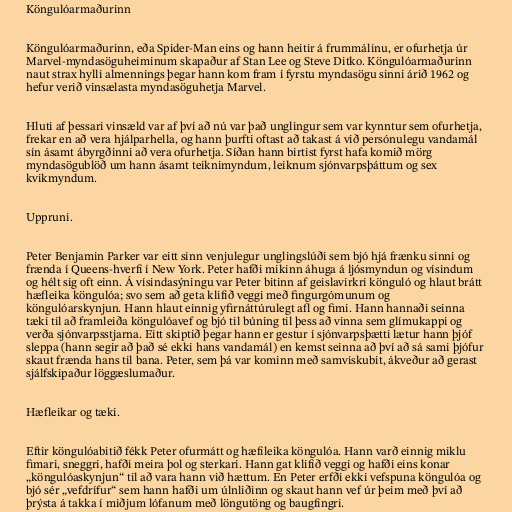
Köngulóarmaðurinn

Köngulóarmaðurinn, eða Spider-Man eins og hann heitir á frummálinu, er ofurhetja úr
Marvel-myndasöguheiminum skapaður af Stan Lee og Steve Ditko. Köngulóarmaðurinn
naut strax hylli almennings þegar hann kom fram í fyrstu myndasögu sinni árið 1962 og
hefur verið vinsælasta myndasöguhetja Marvel.

Hluti af þessari vinsæld var af því að nú var það unglingur sem var kynntur sem ofurhetja,
frekar en að vera hjálparhella, og hann þurfti oftast að takast á við persónulegu vandamál
sín ásamt ábyrgðinni að vera ofurhetja. Síðan hann birtist fyrst hafa komið mörg
myndasögublöð um hann ásamt teiknimyndum, leiknum sjónvarpsþáttum og sex
kvikmyndum.

Uppruni.

Peter Benjamin Parker var eitt sinn venjulegur unglingslúði sem bjó hjá frænku sinni og
frænda í Queens-hverfi í New York. Peter hafði mikinn áhuga á ljósmyndun og vísindum
og hélt sig oft einn. Á vísindasýningu var Peter bitinn af geislavirkri könguló og hlaut brátt
hæfleika köngulóa; svo sem að geta klifið veggi með fingurgómunum og
köngulóarskynjun. Hann hlaut einnig yfirnáttúrulegt afl og fimi. Hann hannaði seinna
tæki til að framleiða köngulóavef og bjó til búning til þess að vinna sem glímukappi og
verða sjónvarpsstjarna. Eitt skiptið þegar hann er gestur í sjónvarpsþætti lætur hann þjóf
sleppa (hann segir að það sé ekki hans vandamál) en kemst seinna að því að sá sami þjófur
skaut frænda hans til bana. Peter, sem þá var kominn með samviskubit, ákveður að gerast
sjálfskipaður löggæslumaður.

Hæfleikar og tæki.

Eftir köngulóabitið fékk Peter ofurmátt og hæfileika köngulóa. Hann varð einnig miklu
fimari, sneggri, hafði meira þol og sterkari. Hann gat klifið veggi og hafði eins konar
„köngulóaskynjun“ til að vara hann við hættum. En Peter erfði ekki vefspuna köngulóa og
bjó sér „vefdrífur“ sem hann hafði um úlnliðinn og skaut hann vef úr þeim með því að
þrýsta á takka í miðjum lófanum með löngutöng og baugfingri.